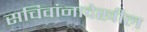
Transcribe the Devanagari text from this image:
सचिवांनादेखील